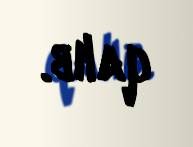
qalıb.